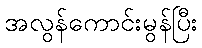
အလွန်ကောင်းမွန်ပြီး